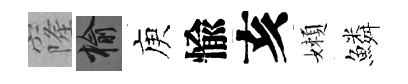
窿榆庾愉亥嬾鱗